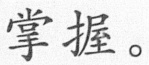
掌握。